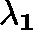
\mathbf { \lambda _ { 1 } }